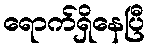
ရောက်ရှိနေပြီ